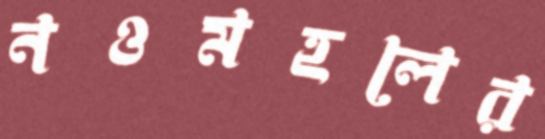
নওমহলের